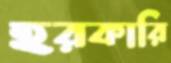
হরকারি